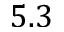
5 . 3